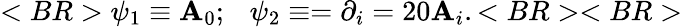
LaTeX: <BR>\psi_{1}\equiv\mathbf{A}_{0};~~~\psi_{2}\equiv=\partial_{i}=20\mathbf{A}_{i}.<BR><BR>